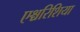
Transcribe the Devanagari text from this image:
एश्चरिशिया